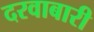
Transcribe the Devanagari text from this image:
दरवाबारी